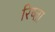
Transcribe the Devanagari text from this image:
रिष्ता